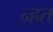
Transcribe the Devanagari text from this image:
न्हत